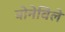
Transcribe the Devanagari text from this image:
बोनेविले